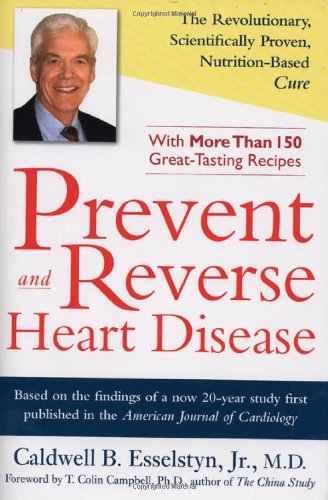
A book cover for Prevent and Reverse Heart Disease; Caldwell B. Esselstyn Jr.; Cookbooks, Food & Wine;